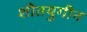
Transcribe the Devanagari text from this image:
शीतयुगीन